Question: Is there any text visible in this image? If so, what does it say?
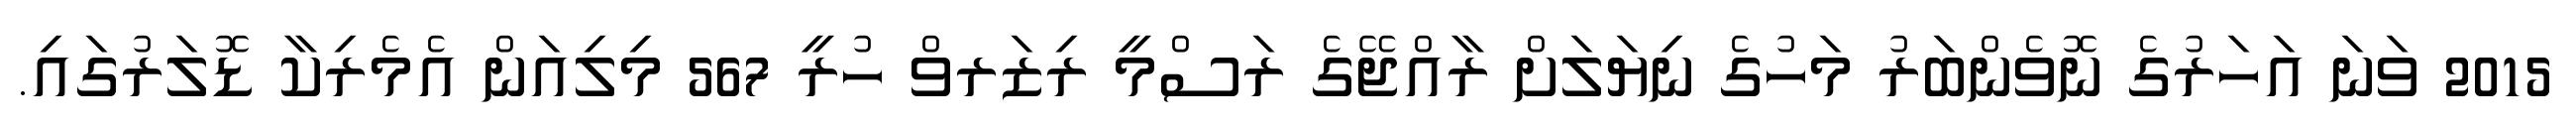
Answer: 2015 ވަނަ އަހަރުގެ ނޮވެންބަރު މަހުގެ ނިޔަލަށް ރާއްޖޭގެ ރަސްމީ ރިޒަރވް ހުރީ 567 މިލިއަން އެމެރިކާ ޑޮލަރުގައި.